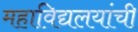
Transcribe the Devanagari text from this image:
महाविद्यलयांची